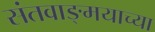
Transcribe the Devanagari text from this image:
संतवाङ्मयाच्या